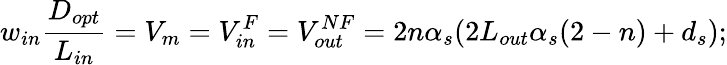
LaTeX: w_{in}\frac{D_{opt}}{L_{in}}=V_{m}=V_{in}^{F}=V_{out}^{NF}=2n\alpha_{s}(2L_{out}\alpha_{s}(2-n)+d_{s});